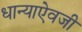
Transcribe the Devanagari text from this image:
धान्याऐवजी